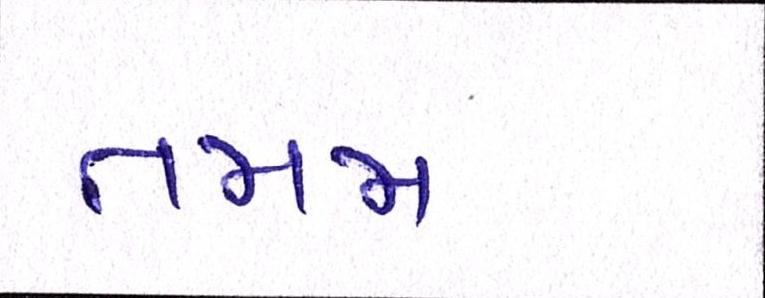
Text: તમમ